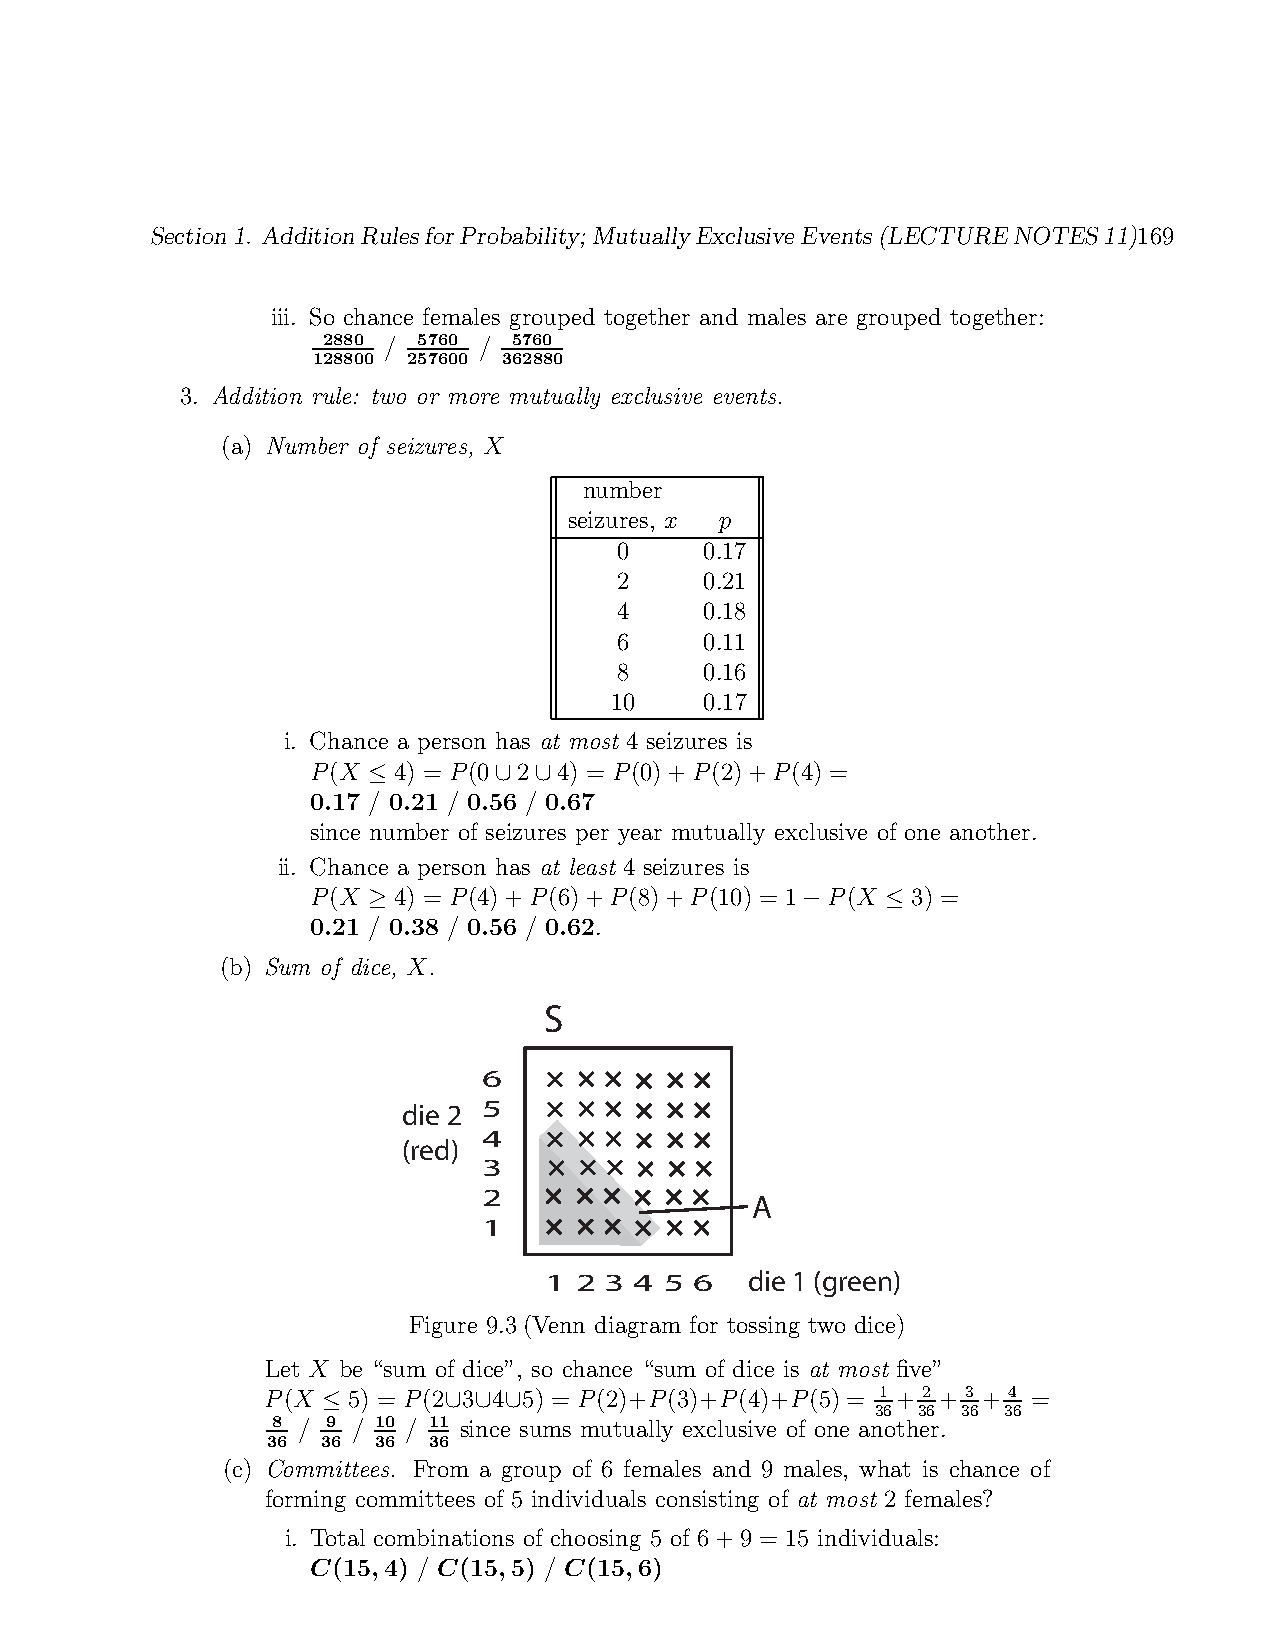
Section1. AdditionRulesforProbability; MutuallyExclusiveEvents(LECTURENOTES11)169
 iii. So chance females grouped together and males are grouped together:
 2880 / 5760 / 5760
 128800 257600 362880
 3. Addition rule: two or more mutually exclusive events.
 (a) Number of seizures, 𝑋
 number
 seizures, 𝑥 𝑝
 0     0.17
 2     0.21
 4     0.18
 6     0.11
 8     0.16
 10     0.17
 i. Chance a person has at most 4 seizures is
 𝑃(𝑋 ≤ 4) = 𝑃(0∪2∪4) = 𝑃(0)+𝑃(2)+𝑃(4) =
 0.17 / 0.21 / 0.56 / 0.67
 since number of seizures per year mutually exclusive of one another.
 ii. Chance a person has at least 4 seizures is
 𝑃(𝑋 ≥ 4) = 𝑃(4)+𝑃(6)+𝑃(8)+𝑃(10) = 1−𝑃(𝑋 ≤ 3) =
 0.21 / 0.38 / 0.56 / 0.62.
 (b) Sum of dice, 𝑋.
 S
 6
 die 2 5
 4
 (red)
 3
 2                 A
 1
 1 2 3 4 5 6   die 1 (green)
 Figure 9.3(Venn diagram for tossing two dice)
 Let 𝑋 be “sum of dice”, so chance “sum of dice is at most five”
 𝑃(𝑋 ≤ 5) = 𝑃(2∪3∪4∪5) = 𝑃(2)+𝑃(3)+𝑃(4)+𝑃(5)= 1 + 2 + 3 + 4 =
 36 36 36 36
 8 / 9 / 10 / 11 since sums mutually exclusive of one another.
 36 36  36 36
 (c) Committees. From a group of 6 females and 9 males, what is chance of
 forming committees of 5 individuals consisting of at most 2 females?
 i. Total combinations of choosing 5 of 6+9 = 15 individuals:
 𝑪(15,4) / 𝑪(15,5) / 𝑪(15,6)